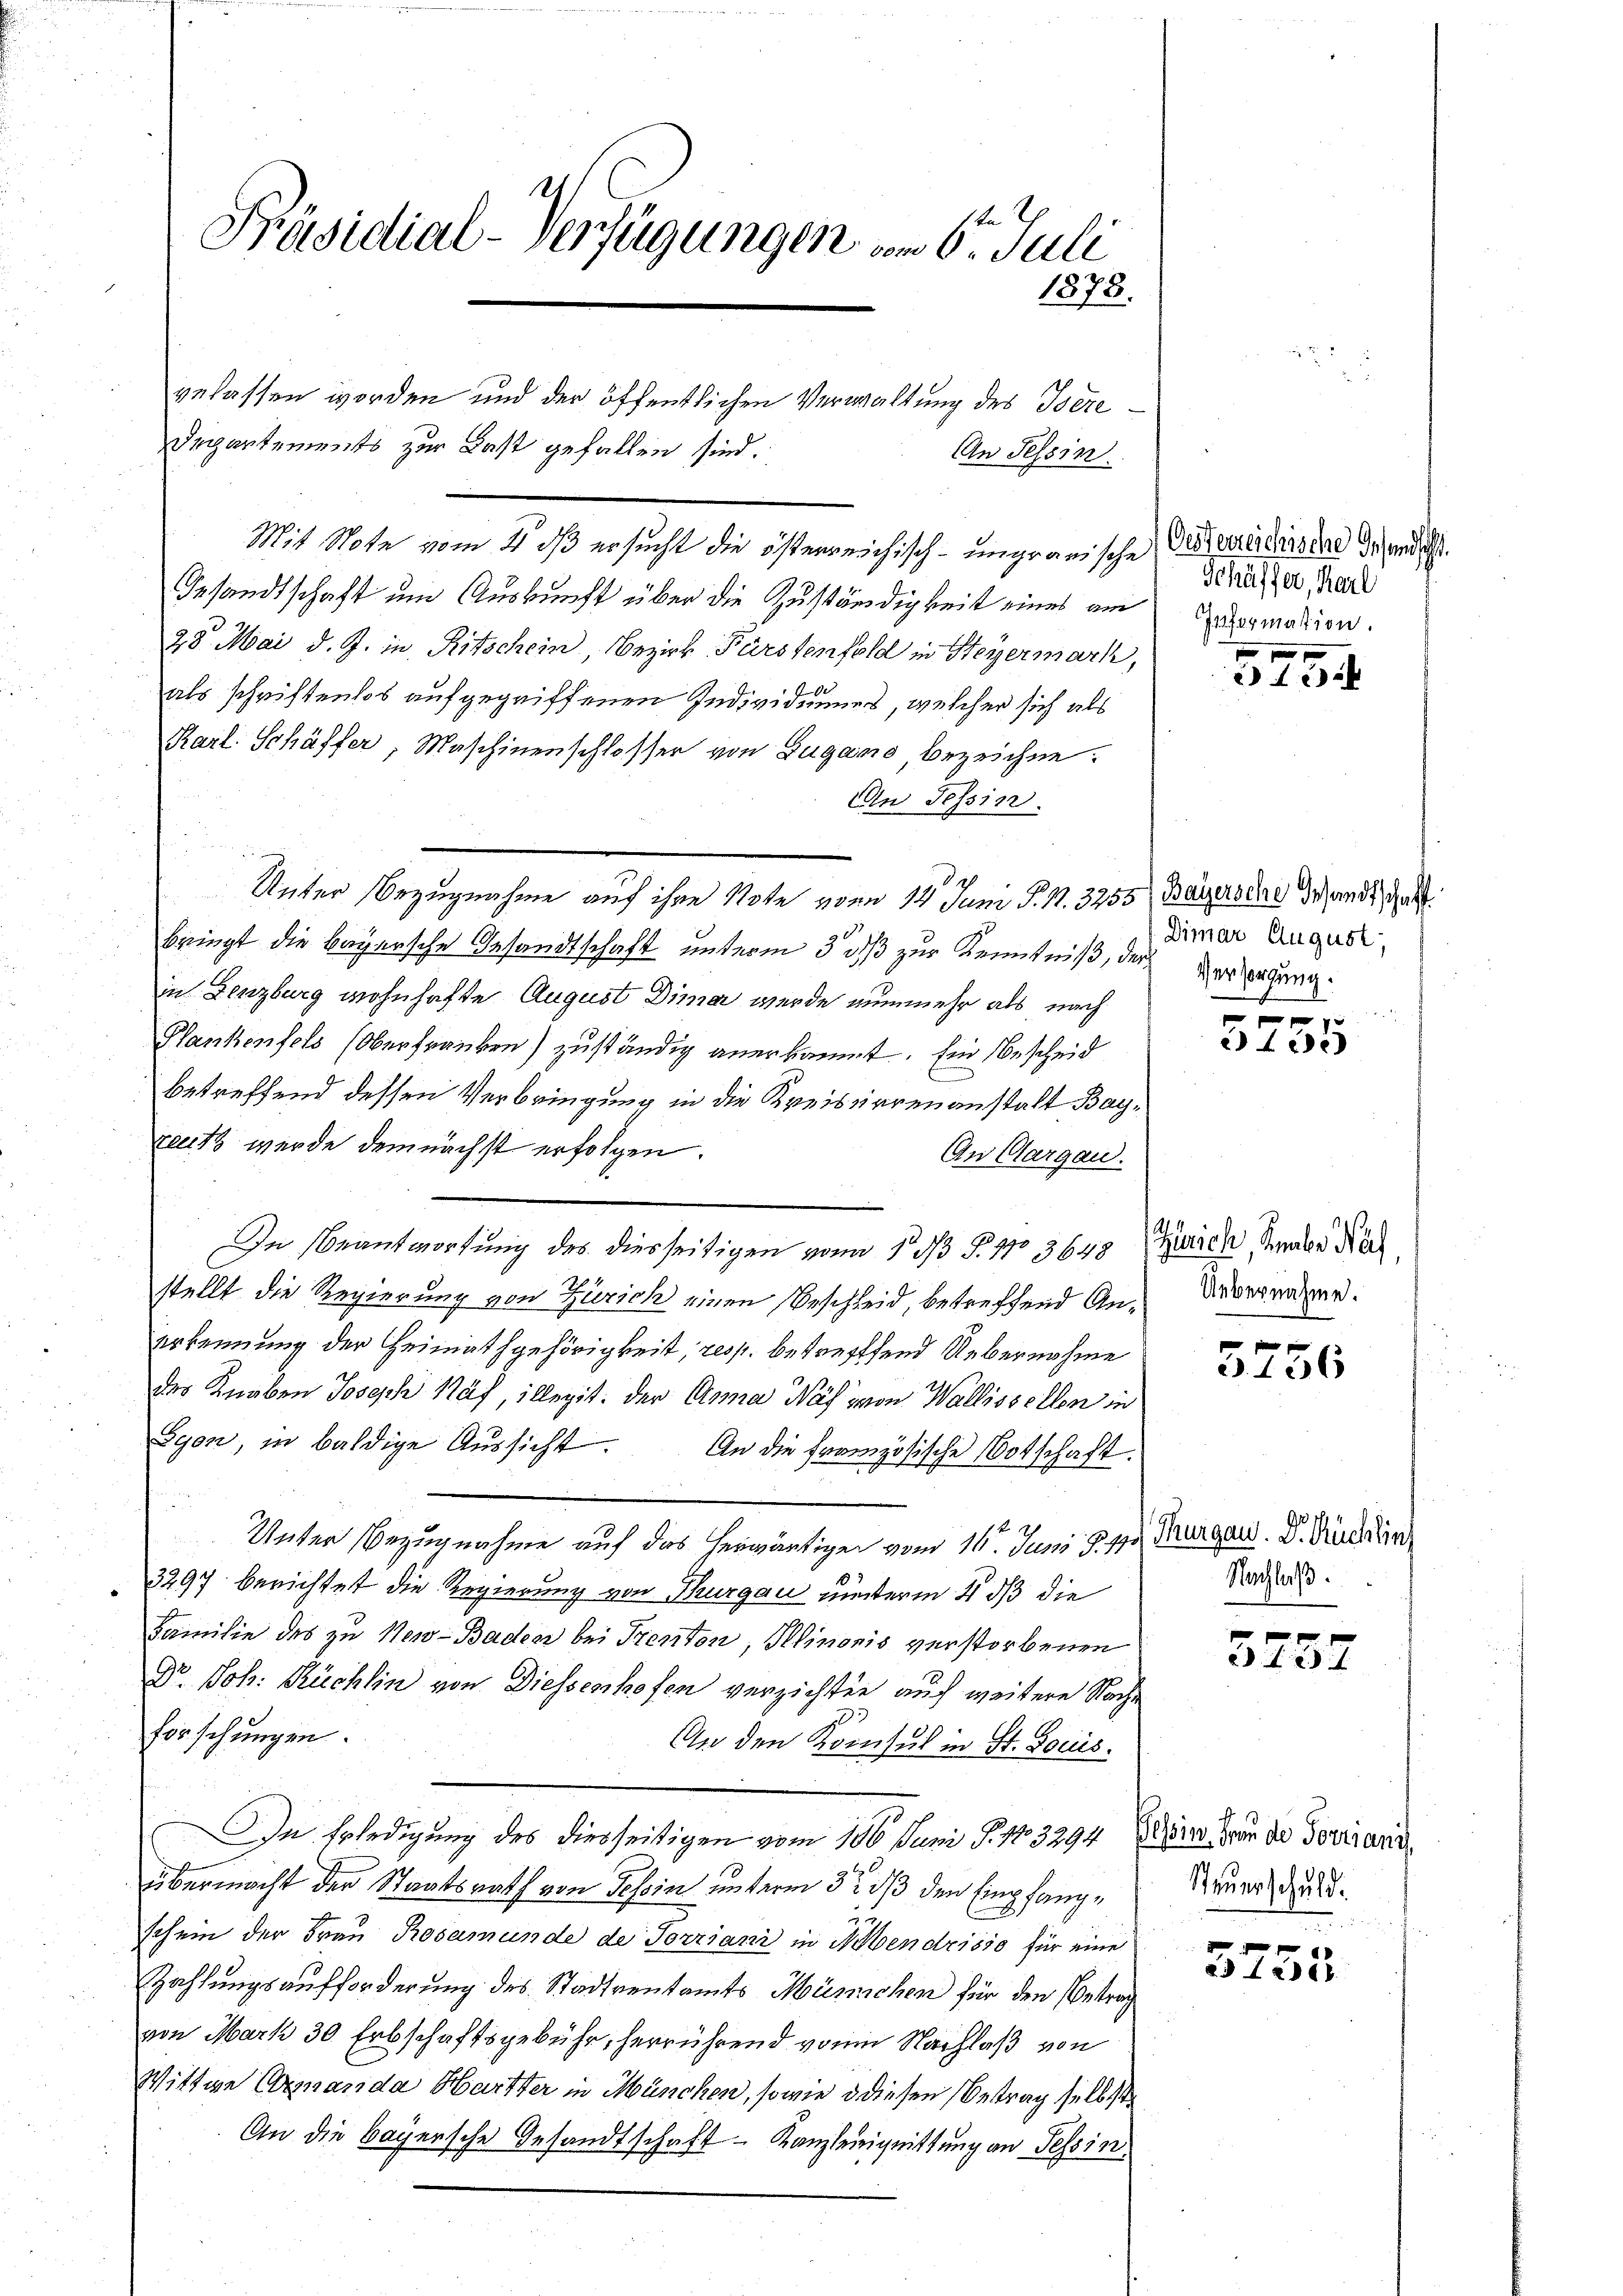
Präsidial-Verfügungen am 6. Juli
1878.

gelassen worden und der öffentlichen Verwaltung des Isere¬
Departements zur Last gefallen sind.
Mit Note vom 4. dß ersucht die österreichisch-ungrauische Verleidenstal der und ih
Gesandtschaft um Auskunft über die Zuständigkeit eines am
28. Mai d. J. in Ritschein, Bezirk Fürstenfold in Steyermark,
als schriftenlos aufgegriffenen Individuums, welcher sich als
Karl Schäffer, Maschinenschlosser von Zugano, bezeichne.
An Tessin.
Unter Bezugnahme auf ihre Note vom 14. Juni d. 1. 3255 Bayers das Wundt, das
bringt die bayersche Gesandtschaft unterm 3 des zur Kenntniß, der Verzigung
in Lenzburg wohnhafte August Dimer werde nunmehr als nach
Plankenfels (Oberfranken) zuständig anerkannt. Ein bescheid
betreffend dessen Verbringung in die Kreiserrenanstalt Bayreutz wurde demnächst erfolgen.
An Aargau.
In Beantwortung des diesseitigen von 1 d S. 110 3648
stellt die Regierung von Zürich einen Beschleid, betreffend Anerkennung der Heimathgehörigkeit, resp. betreffend Uebernahme
der Knaben Joseph Näf, illegit. Der Anna Was von Wallissellen in
Egon, in baldige Aŭssicht. An die französische Botschaft.
Unter Bezugnahme auf das herwärtigen vom 16. Juni d. 17
3297. berichtet die Regierung von Thurgau unterm 4 dß die
Familie des zu New-Baden bei Prenton, Illinoris verstorbenen
Dr. Joh. Büchlin von Diessenhofen verzichten auch weitere Sache
forschungen.
An den Konsul in St. Louis
IIn Erledigung des diesseitigen vom 106. Juni S. 1803294, Behöre dann die Torisard
übermacht der Staatsrath von Tessin unterm 3te 33 den Empfang¬
u
schein der Frau Rosamunde de Torziani in Abendrisso für eine
Zahlungsaufforderung des Stadtventamts Münsichen für den Betrag
von Mark 30. Erbschaftsgebühr, herrührend von Nachlaß von
Wittwe Commanda Hartter in München, sowie d diesen Betrag selbst
An die Bayersche Gesandtschaft - Kanzlereignittung an Tessin.

An Tessin

Schäffer, Karl
Caformation.

f
 42 x

Dimar August,

f
2) ei

Zürich, Knabe Nach,
Uebernahme.

3156

Thurgau. Dr. Büchlin
Nachlaß

x

Steuerschuld.

x
§§ 12000.